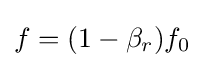
f=(1-\beta _{r})f_{0}